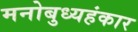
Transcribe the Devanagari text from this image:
मनोबुध्यहंकार